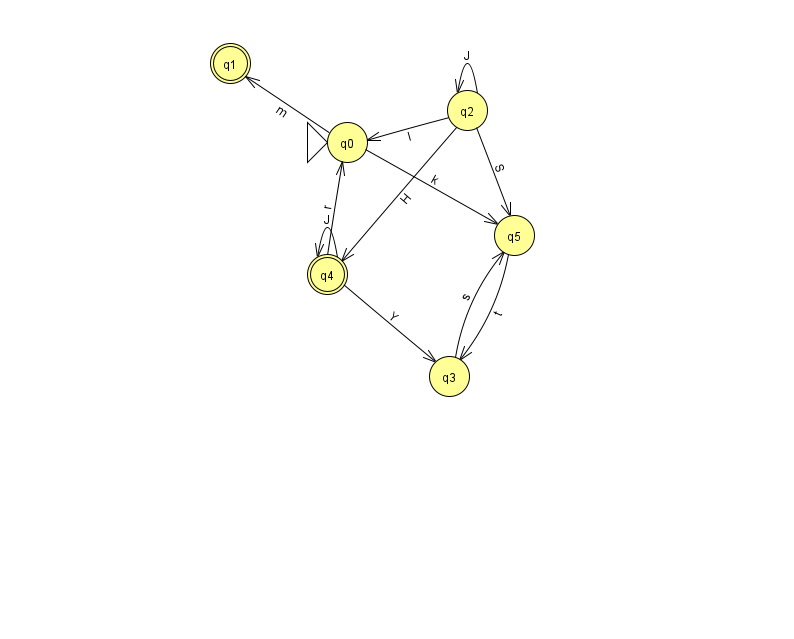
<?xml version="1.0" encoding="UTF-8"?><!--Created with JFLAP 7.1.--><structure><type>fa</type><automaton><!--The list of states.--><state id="0" name="q0"><x>347.0</x><y>129.0</y><initial/></state><state id="1" name="q1"><x>230.0</x><y>50.0</y><final/></state><state id="2" name="q2"><x>467.0</x><y>97.0</y></state><state id="3" name="q3"><x>449.0</x><y>363.0</y></state><state id="4" name="q4"><x>327.0</x><y>261.0</y><final/></state><state id="5" name="q5"><x>514.0</x><y>222.0</y></state><!--The list of transitions.--><transition><from>4</from><to>0</to><read>r</read></transition><transition><from>0</from><to>5</to><read>k</read></transition><transition><from>4</from><to>3</to><read>Y</read></transition><transition><from>5</from><to>3</to><read>t</read></transition><transition><from>2</from><to>2</to><read>J</read></transition><transition><from>4</from><to>4</to><read>J</read></transition><transition><from>2</from><to>5</to><read>S</read></transition><transition><from>0</from><to>1</to><read>m</read></transition><transition><from>2</from><to>4</to><read>H</read></transition><transition><from>2</from><to>0</to><read>I</read></transition><transition><from>3</from><to>5</to><read>s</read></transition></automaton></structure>